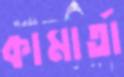
কামার্তা